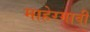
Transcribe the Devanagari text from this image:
माहेरगावी